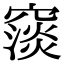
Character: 䆱